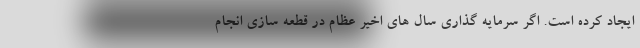
ایجاد کرده است. اگر سرمایه گذاری سال های اخیر عظام در قطعه سازی انجام